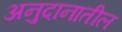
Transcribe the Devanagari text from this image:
अनुदानातील